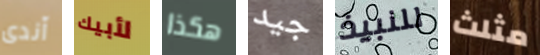
آندى لأبيك هكذا جيد للنبيذ مثلث